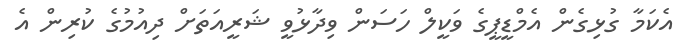
އެކަމާ ގުޅިގެން އެމްޑީޕީގެ ވަކީލް ހަސަން ވިދާޅުވީ ޝަރީއަތަށް ދިއުމުގެ ކުރިން އެ